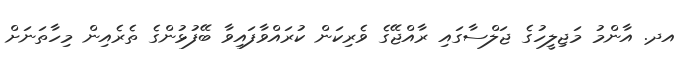
އދ. އާންމު މަޖިލީހުގެ ޖަލްސާގައި ރާއްޖޭގެ ވެރިކަން ކުރައްވާފައިވާ ބޭފުޅުންގެ ތެރެއިން މިހާތަނަށް